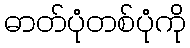
ဓာတ်ပုံတစ်ပုံကို